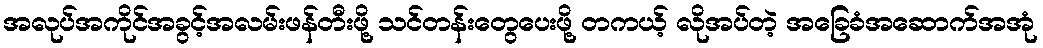
အလုပ်အကိုင်အခွင့်အလမ်းဖန်တီးဖို့ သင်တန်းတွေပေးဖို့ တကယ့် လိုအပ်တဲ့ အခြေခံအဆောက်အအုံ